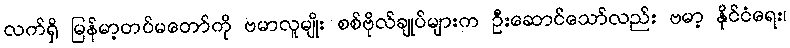
လက်ရှိ မြန်မာ့တပ်မတော်ကို ဗမာလူမျိုး စစ်ဗိုလ်ချုပ်များက ဦးဆောင်သော်လည်း ဗမာ့ နိုင်ငံရေး၊